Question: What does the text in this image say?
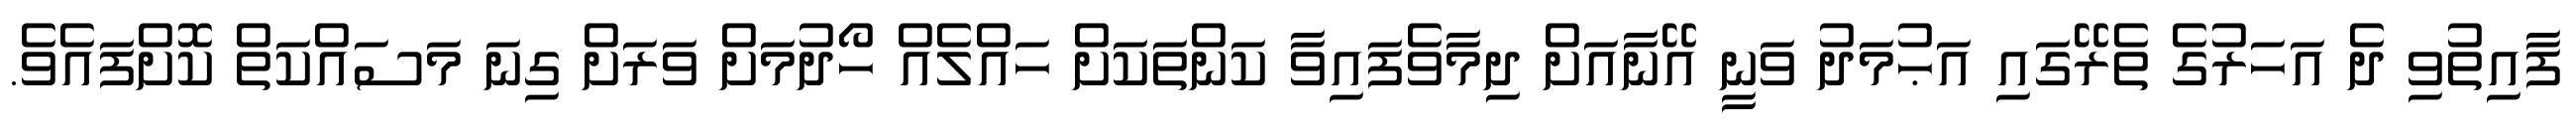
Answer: ފާއިތުވި ދެ އަހަރުގެ ތެރޭގައި އަޙުމަދު ވަނީ އޭނާއަށް ދިމާވެފައިވާ ކަންތަކަށް ހައްލެއް ހޯދުމަށް ވަރަށް ގިނަ މަސައްކަތް ކޮށްފައެވެ.